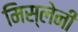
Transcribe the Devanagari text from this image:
मिस्लेनी